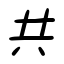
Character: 共